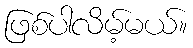
ဖြစ်ပါလိမ့်မယ်။